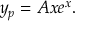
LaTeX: y _ { p } = A x e ^ { x } .